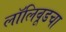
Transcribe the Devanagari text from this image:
लॉलिवूडचा